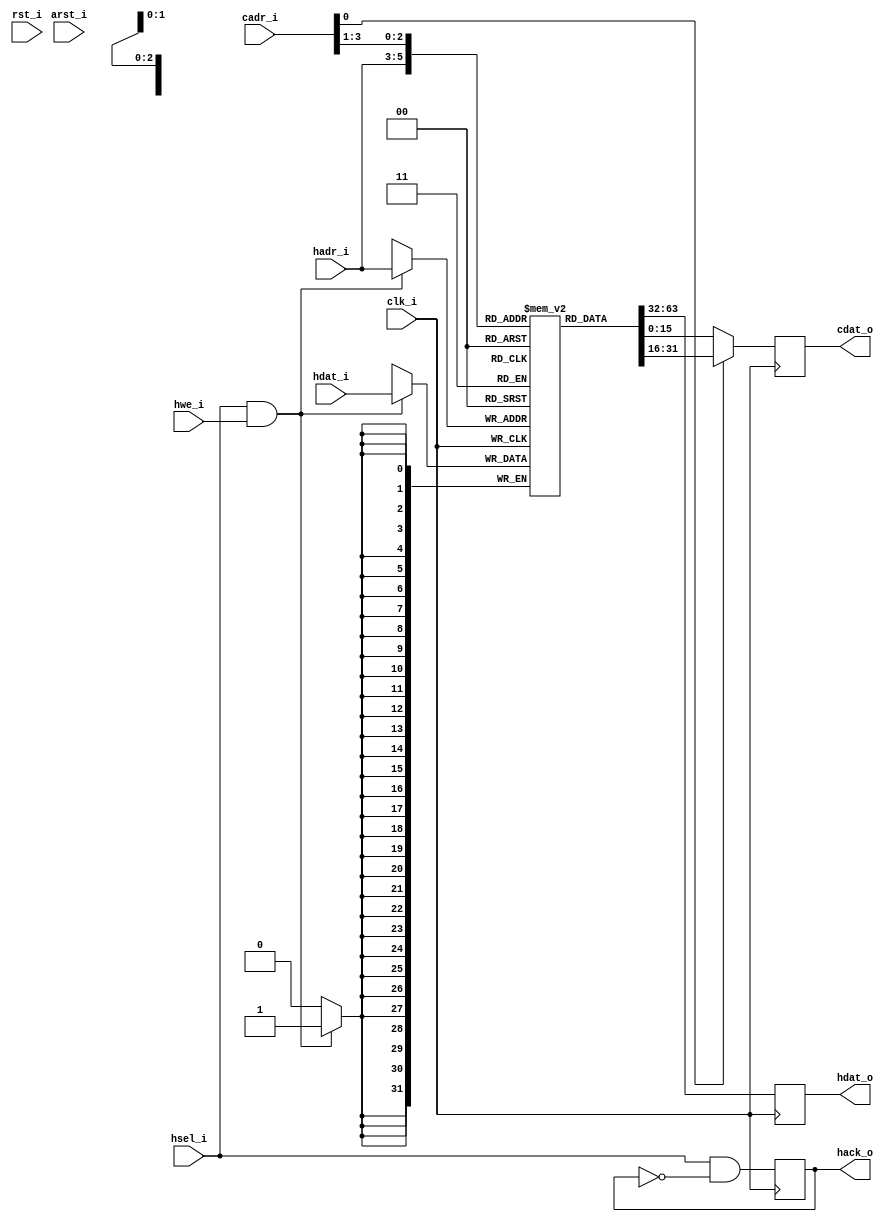
module vga_cur_cregs (
	clk_i, rst_i, arst_i,
	hsel_i, hadr_i, hwe_i, hdat_i, hdat_o, hack_o,
	cadr_i, cdat_o
	);

	//
	// inputs & outputs
	//

	// wishbone signals
	input         clk_i;         // master clock input
	input         rst_i;         // synchronous active high reset
	input         arst_i;        // asynchronous active low reset

	// host interface
	input         hsel_i;        // host select input
	input  [ 2:0] hadr_i;        // host address input
	input         hwe_i;         // host write enable input
	input  [31:0] hdat_i;        // host data in
	output [31:0] hdat_o;        // host data out
	output        hack_o;        // host acknowledge out

	reg [31:0] hdat_o;
	reg        hack_o;
	
	// cursor processor interface
	input  [ 3:0] cadr_i;        // cursor address in
	output [15:0] cdat_o;        // cursor data out

	reg [15:0] cdat_o;


	//
	// variable declarations
	//
	reg  [31:0] cregs [7:0];  // color registers
	wire [31:0] temp_cdat;

	//
	// module body
	//


	////////////////////////////
	// generate host interface

	// write section
	always@(posedge clk_i)
		if (hsel_i & hwe_i)
			cregs[hadr_i] <= #1 hdat_i;

	// read section
	always@(posedge clk_i)
		hdat_o <= #1 cregs[hadr_i];

	// acknowledge section
	always@(posedge clk_i)
		hack_o <= #1 hsel_i & !hack_o;


	//////////////////////////////
	// generate cursor interface

	// read section
	assign temp_cdat = cregs[cadr_i[3:1]];

	always@(posedge clk_i)
		cdat_o <= #1 cadr_i[0] ? temp_cdat[31:16] : temp_cdat[15:0];

endmodule